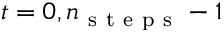
t = 0 , n _ { \mathrm { ~ s ~ t ~ e ~ p ~ s ~ } } - 1